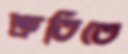
শ্রুতিতে